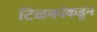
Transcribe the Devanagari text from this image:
टिळकांकडून